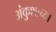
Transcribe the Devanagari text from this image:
अंकुशाच्या